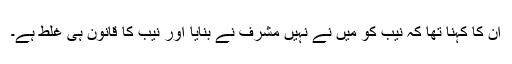
ان کا کہنا تھا کہ نیب کو میں نے نہیں مشرف نے بنایا اور نیب کا قانون ہی غلط ہے۔